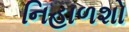
નિહાળશો